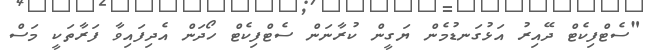
"ސެޓްފިކެޓް ދޭއިރު އަޅުގަނޑުމެން ޔަގީން ކުރާނަން ސެޓްފިކެޓް ހޯދަން އެދިފައިވާ ފަރާތަކީ މަސް